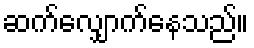
ဆက်လျှောက်နေသည်။